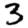
Digit: 3